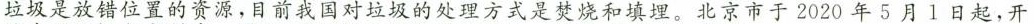
垃圾是放错位置的资源，目前我国对垃圾的处理方式是焚烧和填埋。北京市于2020年5月1日起，开